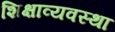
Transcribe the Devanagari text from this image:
शिक्षाव्यवस्था